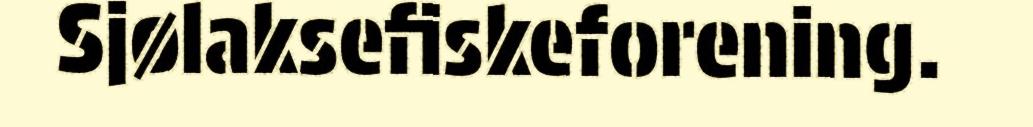
Sjølaksefiskeforening.